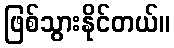
ဖြစ်သွားနိုင်တယ်။